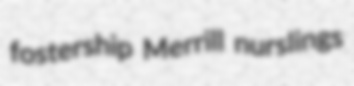
fostership Merrill nurslings